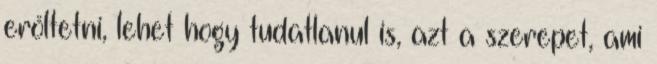
erőltetni, lehet hogy tudatlanul is, azt a szerepet, ami